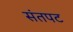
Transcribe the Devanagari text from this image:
संतपट